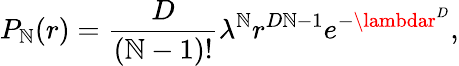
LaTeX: P_{\mathbb{N}}(r)={\frac{{D}}{{(\mathbb{N}-1)!}}}{\lambda}^{\mathbb{N}}r^{D\mathbb{N}-1}e^{-\lambdar^{D}},